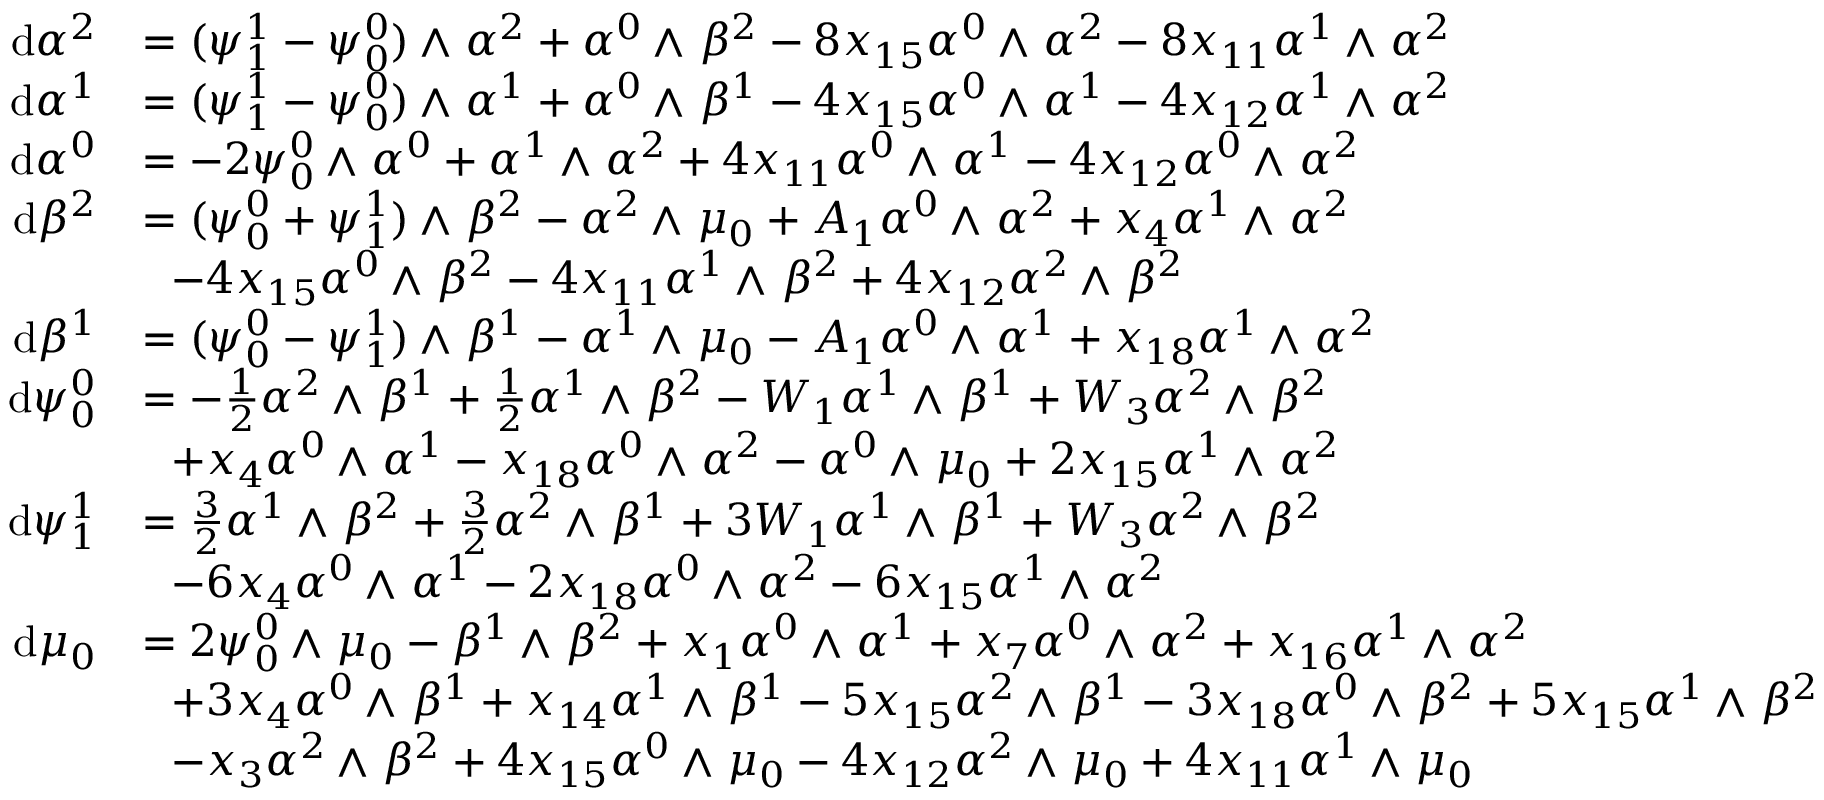
\begin{array} { r l } { \mathrm { d } \alpha ^ { 2 } } & { = ( \psi _ { 1 } ^ { 1 } - \psi _ { 0 } ^ { 0 } ) { \, { \wedge } \; } \alpha ^ { 2 } + \alpha ^ { 0 } { \, { \wedge } \; } \beta ^ { 2 } - 8 x _ { 1 5 } \alpha ^ { 0 } { \, { \wedge } \; } \alpha ^ { 2 } - 8 x _ { 1 1 } \alpha ^ { 1 } { \, { \wedge } \; } \alpha ^ { 2 } } \\ { \mathrm { d } \alpha ^ { 1 } } & { = ( \psi _ { 1 } ^ { 1 } - \psi _ { 0 } ^ { 0 } ) { \, { \wedge } \; } \alpha ^ { 1 } + \alpha ^ { 0 } { \, { \wedge } \; } \beta ^ { 1 } - 4 x _ { 1 5 } \alpha ^ { 0 } { \, { \wedge } \; } \alpha ^ { 1 } - 4 x _ { 1 2 } \alpha ^ { 1 } { \, { \wedge } \; } \alpha ^ { 2 } } \\ { \mathrm { d } \alpha ^ { 0 } } & { = - 2 \psi _ { 0 } ^ { 0 } { \, { \wedge } \; } \alpha ^ { 0 } + \alpha ^ { 1 } { \, { \wedge } \; } \alpha ^ { 2 } + 4 x _ { 1 1 } \alpha ^ { 0 } { \, { \wedge } \; } \alpha ^ { 1 } - 4 x _ { 1 2 } \alpha ^ { 0 } { \, { \wedge } \; } \alpha ^ { 2 } } \\ { \mathrm { d } \beta ^ { 2 } } & { = ( \psi _ { 0 } ^ { 0 } + \psi _ { 1 } ^ { 1 } ) { \, { \wedge } \; } \beta ^ { 2 } - \alpha ^ { 2 } { \, { \wedge } \; } \mu _ { 0 } + A _ { 1 } \alpha ^ { 0 } { \, { \wedge } \; } \alpha ^ { 2 } + x _ { 4 } \alpha ^ { 1 } { \, { \wedge } \; } \alpha ^ { 2 } } \\ & { \ \ - 4 x _ { 1 5 } \alpha ^ { 0 } { \, { \wedge } \; } \beta ^ { 2 } - 4 x _ { 1 1 } \alpha ^ { 1 } { \, { \wedge } \; } \beta ^ { 2 } + 4 x _ { 1 2 } \alpha ^ { 2 } { \, { \wedge } \; } \beta ^ { 2 } } \\ { \mathrm { d } \beta ^ { 1 } } & { = ( \psi _ { 0 } ^ { 0 } - \psi _ { 1 } ^ { 1 } ) { \, { \wedge } \; } \beta ^ { 1 } - \alpha ^ { 1 } { \, { \wedge } \; } \mu _ { 0 } - A _ { 1 } \alpha ^ { 0 } { \, { \wedge } \; } \alpha ^ { 1 } + x _ { 1 8 } \alpha ^ { 1 } { \, { \wedge } \; } \alpha ^ { 2 } } \\ { \mathrm { d } \psi _ { 0 } ^ { 0 } } & { = - \textstyle { \frac 1 2 } \alpha ^ { 2 } { \, { \wedge } \; } \beta ^ { 1 } + \textstyle { \frac 1 2 } \alpha ^ { 1 } { \, { \wedge } \; } \beta ^ { 2 } - W _ { 1 } \alpha ^ { 1 } { \, { \wedge } \; } \beta ^ { 1 } + W _ { 3 } \alpha ^ { 2 } { \, { \wedge } \; } \beta ^ { 2 } } \\ & { \ \ + x _ { 4 } \alpha ^ { 0 } { \, { \wedge } \; } \alpha ^ { 1 } - x _ { 1 8 } \alpha ^ { 0 } { \, { \wedge } \; } \alpha ^ { 2 } - \alpha ^ { 0 } { \, { \wedge } \; } \mu _ { 0 } + 2 x _ { 1 5 } \alpha ^ { 1 } { \, { \wedge } \; } \alpha ^ { 2 } } \\ { \mathrm { d } \psi _ { 1 } ^ { 1 } } & { = \frac 3 2 \alpha ^ { 1 } { \, { \wedge } \; } \beta ^ { 2 } + \frac { 3 } { 2 } \alpha ^ { 2 } { \, { \wedge } \; } \beta ^ { 1 } + 3 W _ { 1 } \alpha ^ { 1 } { \, { \wedge } \; } \beta ^ { 1 } + W _ { 3 } \alpha ^ { 2 } { \, { \wedge } \; } \beta ^ { 2 } } \\ & { \ \ - 6 x _ { 4 } \alpha ^ { 0 } { \, { \wedge } \; } \alpha ^ { 1 } - 2 x _ { 1 8 } \alpha ^ { 0 } { \, { \wedge } \; } \alpha ^ { 2 } - 6 x _ { 1 5 } \alpha ^ { 1 } { \, { \wedge } \; } \alpha ^ { 2 } } \\ { \mathrm { d } \mu _ { 0 } } & { = 2 \psi _ { 0 } ^ { 0 } { \, { \wedge } \; } \mu _ { 0 } - \beta ^ { 1 } { \, { \wedge } \; } \beta ^ { 2 } + x _ { 1 } \alpha ^ { 0 } { \, { \wedge } \; } \alpha ^ { 1 } + x _ { 7 } \alpha ^ { 0 } { \, { \wedge } \; } \alpha ^ { 2 } + x _ { 1 6 } \alpha ^ { 1 } { \, { \wedge } \; } \alpha ^ { 2 } } \\ & { \ \ + 3 x _ { 4 } \alpha ^ { 0 } { \, { \wedge } \; } \beta ^ { 1 } + x _ { 1 4 } \alpha ^ { 1 } { \, { \wedge } \; } \beta ^ { 1 } - 5 x _ { 1 5 } \alpha ^ { 2 } { \, { \wedge } \; } \beta ^ { 1 } - 3 x _ { 1 8 } \alpha ^ { 0 } { \, { \wedge } \; } \beta ^ { 2 } + 5 x _ { 1 5 } \alpha ^ { 1 } { \, { \wedge } \; } \beta ^ { 2 } } \\ & { \ \ - x _ { 3 } \alpha ^ { 2 } { \, { \wedge } \; } \beta ^ { 2 } + 4 x _ { 1 5 } \alpha ^ { 0 } { \, { \wedge } \; } \mu _ { 0 } - 4 x _ { 1 2 } \alpha ^ { 2 } { \, { \wedge } \; } \mu _ { 0 } + 4 x _ { 1 1 } \alpha ^ { 1 } { \, { \wedge } \; } \mu _ { 0 } } \end{array}